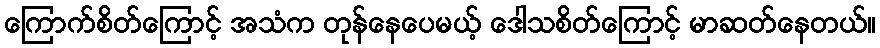
ကြောက်စိတ်ကြောင့် အသံက တုန်နေပေမယ့် ဒေါသစိတ်ကြောင့် မာဆတ်နေတယ်။